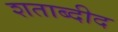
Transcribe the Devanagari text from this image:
शताब्दीद